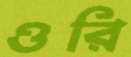
ওরি